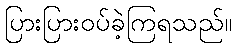
ပြားပြားဝပ်ခဲ့ကြရသည်။